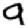
Digit: 9